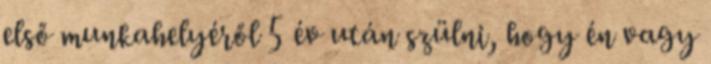
első munkahelyéről 5 év után szülni, hogy én vagy